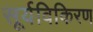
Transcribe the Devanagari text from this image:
सूर्यविकिरण